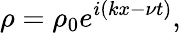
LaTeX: \rho=\rho_{0}e^{i\left(kx-\nu t\right)},